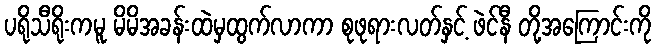
ပရိုသီရိုးကမူ မိမိအခန်းထဲမှထွက်လာကာ စုဖုရားလတ်နှင့် ဖဲင်နီ တို့အကြောင်းကို